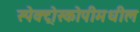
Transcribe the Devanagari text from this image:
स्पेक्ट्रोस्कोपीमधील